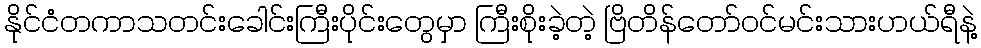
နိုင်ငံတကာသတင်းခေါင်းကြီးပိုင်းတွေမှာ ကြီးစိုးခဲ့တဲ့ ဗြိတိန်တော်ဝင်မင်းသားဟယ်ရီနဲ့